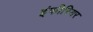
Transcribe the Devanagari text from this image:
इंफीरियर